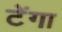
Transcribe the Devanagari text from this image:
टेंगा